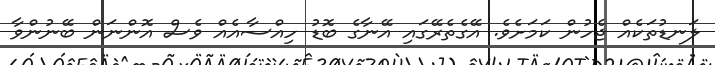
ލަނޑުތަކެއް ޖެހުން ކަމަށެވެ. އޭގެތެރޭގައި އޭނާގެ ބޮޑު ހިއްސާއެއް ވެސް އޮންނަން ބޭނުންވާ